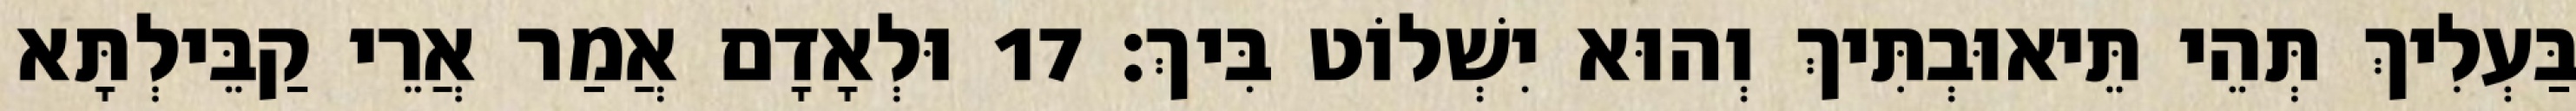
בַּעְלִיךְ תְּהֵי תֵּיאוּבְתִּיךְ וְהוּא יִשְׁלוֹט בִּיךְ׃ 17 וּלְאָדָם אֲמַר אֲרֵי קַבֵּילְתָּא